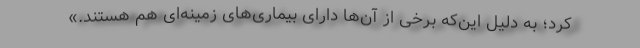
کرد؛ به دلیل این‌که برخی از آن‌ها دارای بیماری‌های زمینه‌ای هم هستند.»